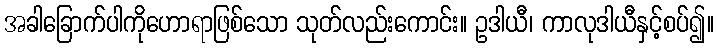
အခါခြောက်ပါကိုဟောရာဖြစ်သော သုတ်လည်းကောင်း။ ဥဒါယီ၊ ကာလုဒါယီနှင့်စပ်၍။